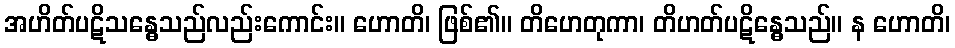
အဟိတ်ပဋိသန္ဓေသည်လည်းကောင်း။ ဟောတိ၊ ဖြစ်၏။ တိဟေတုကာ၊ တိဟတ်ပဋိန္ဓေသည်။ န ဟောတိ၊